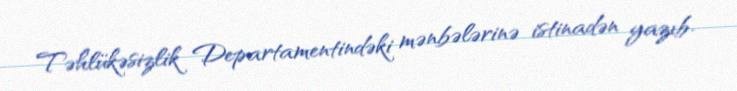
Təhlükəsizlik Departamentindəki mənbələrinə istinadən yazıb.